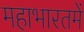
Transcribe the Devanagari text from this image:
महाभारतमें